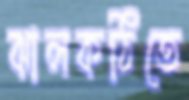
ঝালকঠিতে